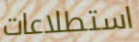
استطلاعات